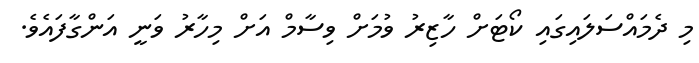
މި ދެމައްސަލައިގައި ކޯޓަށް ހާޒިރު ވުމަށް ވިސާމް އަށް މިހާރު ވަނީ އަންގާފައެވެ.